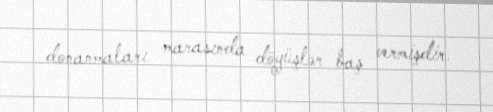
donanmaları marasında döyüşlər baş vermişdir.